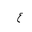
Letter: _ayn